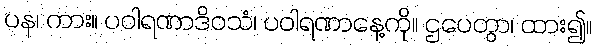
ပန၊ ကား။ ပဝါရဏာဒိဝသံ၊ ပဝါရဏာနေ့ကို။ ဌပေတွာ၊ ထား၍။